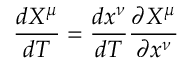
{ \frac { d X ^ { \mu } } { d T } } = { \frac { d x ^ { \nu } } { d T } } { \frac { \partial X ^ { \mu } } { \partial x ^ { \nu } } }